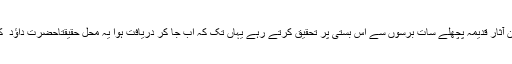
ماہرین آثار قدیمہ پچھلے سات برسوں سے اس بستی پر تحقیق کرتے رہے یہاں تک کہ اب جا کر دریافت ہوا یہ محل حقیقتاًحضرت داؤد ؑ کا تھا۔